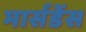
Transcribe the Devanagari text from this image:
मार्सडेंस